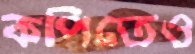
কপিতেও